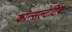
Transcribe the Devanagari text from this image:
कान्सल्टेटिव